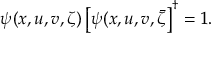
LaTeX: \psi ( x , u , v , \zeta ) \left[ \psi ( x , u , v , \bar { \zeta } \right] ^ { \dag } = 1 .